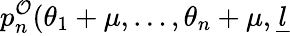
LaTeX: p_{n}^{\mathcal{O}}(\theta_{1}+\mu,\dots,\theta_{n}+\mu,\underline{{{l}}}